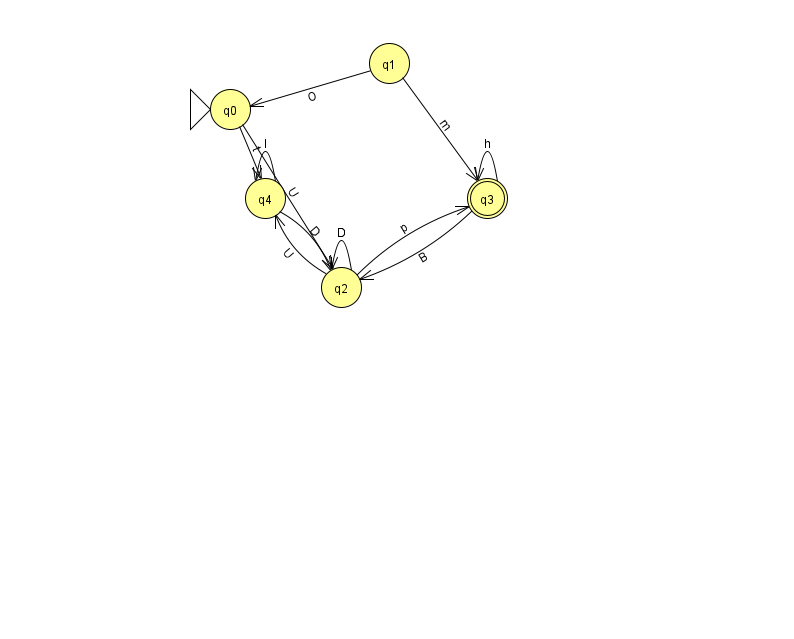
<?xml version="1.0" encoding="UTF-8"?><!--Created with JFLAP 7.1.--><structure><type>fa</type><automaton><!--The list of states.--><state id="0" name="q0"><x>230.0</x><y>96.0</y><initial/></state><state id="1" name="q1"><x>389.0</x><y>50.0</y></state><state id="2" name="q2"><x>341.0</x><y>274.0</y></state><state id="3" name="q3"><x>487.0</x><y>185.0</y><final/></state><state id="4" name="q4"><x>265.0</x><y>185.0</y></state><!--The list of transitions.--><transition><from>0</from><to>4</to><read>t</read></transition><transition><from>1</from><to>3</to><read>m</read></transition><transition><from>2</from><to>4</to><read>U</read></transition><transition><from>4</from><to>2</to><read>D</read></transition><transition><from>2</from><to>2</to><read>D</read></transition><transition><from>0</from><to>2</to><read>U</read></transition><transition><from>3</from><to>3</to><read>h</read></transition><transition><from>1</from><to>0</to><read>O</read></transition><transition><from>2</from><to>3</to><read>p</read></transition><transition><from>4</from><to>4</to><read>I</read></transition><transition><from>3</from><to>2</to><read>B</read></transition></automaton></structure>